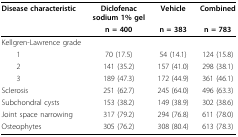
<table><thead><tr><td><b>Disease characteristic</b></td><td><b>Diclofenac sodium 1% gel</b></td><td><b>Vehicle</b></td><td><b>Combined</b></td></tr><tr><td></td><td><b>n = 400</b></td><td><b>n = 383</b></td><td><b>n = 783</b></td></tr></thead><tbody><tr><td>Kellgren-Lawrence grade</td><td></td><td></td><td></td></tr><tr><td> 1</td><td>70 (17.5)</td><td>54 (14.1)</td><td>124 (15.8)</td></tr><tr><td> 2</td><td>141 (35.2)</td><td>157 (41.0)</td><td>298 (38.1)</td></tr><tr><td> 3</td><td>189 (47.3)</td><td>172 (44.9)</td><td>361 (46.1)</td></tr><tr><td>Sclerosis</td><td>251 (62.7)</td><td>245 (64.0)</td><td>496 (63.3)</td></tr><tr><td>Subchondral cysts</td><td>153 (38.2)</td><td>149 (38.9)</td><td>302 (38.6)</td></tr><tr><td>Joint space narrowing</td><td>317 (79.2)</td><td>294 (76.8)</td><td>611 (78.0)</td></tr><tr><td>Osteophytes</td><td>305 (76.2)</td><td>308 (80.4)</td><td>613 (78.3)</td></tr></tbody></table>